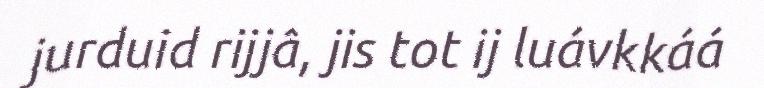
jurduid rijjâ, jis tot ij luávkkáá